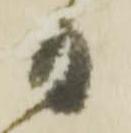
日